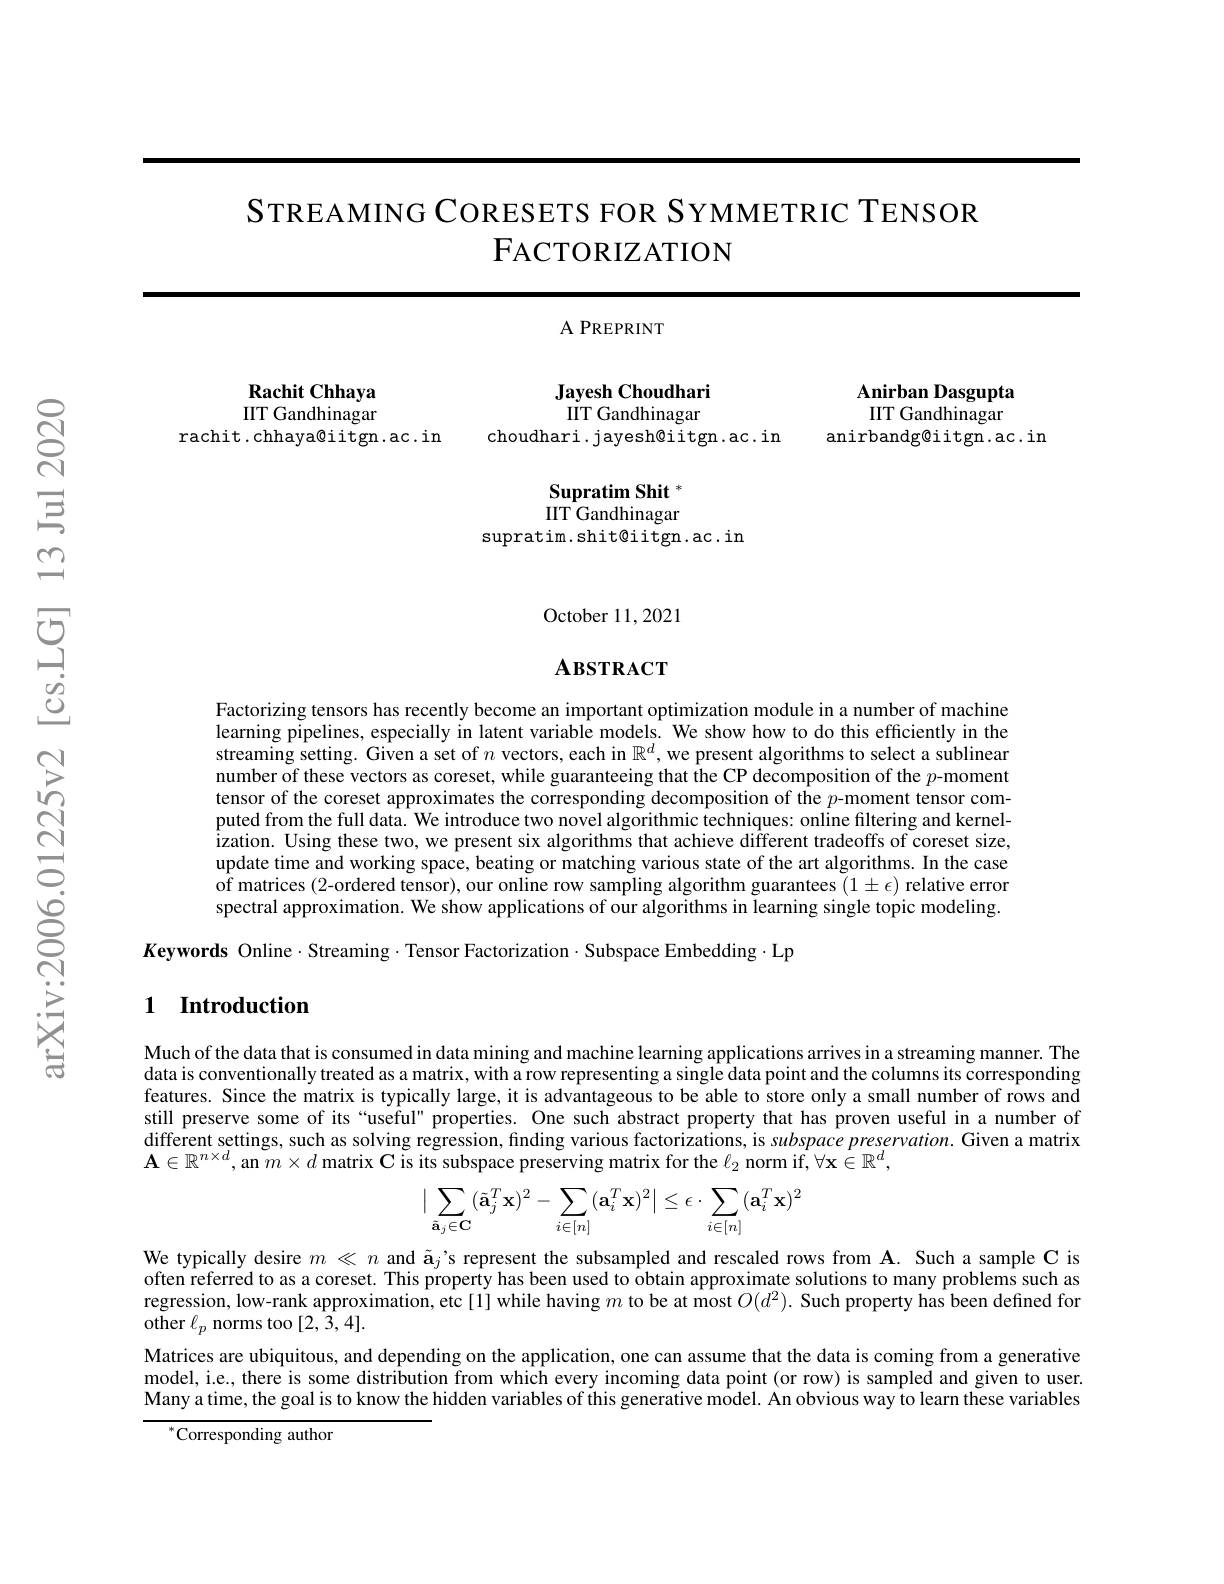
STREAMING CORESETS FOR SYMMETRIC TENSOR
$\mathsf{F}$АСТОRIZАТION

<table>
	<tbody>
		<tr>
			<th> </th>
			<th>A PREPRINT</th>
			<th> </th>
		</tr>
		<tr>
			<td>$\mathbf{p}_{2c\mathbf{hit}}C\mathbf{hh}$</td>
			<td> </td>
			<td>$\Delta_{\mathrm{nirhan}}$ $\Pi_{\mathrm{asour}}$ 14.</td>
		</tr>
		<tr>
			<td>IIT Gandhinagar</td>
			<td>IITGandhina $m_{i}^{r}$ $a\boldsymbol{o}_{a\boldsymbol{r}}$</td>
			<td>$\Pi TGand$ 21</td>
		</tr>
		<tr>
			<td>rachit.chhaya@iitgn.ac.in</td>
			<td>choudhari.jayesh@iitgn.ac.in</td>
			<td>anirbandg@ iitgn. ac. in</td>
		</tr>
		<tr>
			<td> </td>
			<td>Supratim Shit</td>
			<td> </td>
		</tr>
		<tr>
			<td> </td>
			<td>IIT Gandhinagar</td>
			<td> </td>
		</tr>
		<tr>
			<td> </td>
			<td>supratim.shit@iitgn.ac.in</td>
			<td> </td>
		</tr>
	</tbody>
</table>

October 11,2021

## $\mathbf{A}$взткаст

Factorizing tensors has recently become an important optimization module in a number of machine learning pipelines, especially in latent variable models. We show how to do this efficiently in the streaming setting. Given a set of $n$ vectors, each in $\mathbb{R}^d$, we present algorithms to select a sublinear number of these vectors as coreset, while guaranteeing that the CP decomposition of the $p$-moment tensor of the coreset approximates the corresponding decomposition of the $p$-moment tensor computed from the full data. We introduce two novel algorithmic techniques: online filtering and kernelization. Using these two, we present six algorithms that achieve different tradeoffs of coreset size, update time and working space, beating or matching various state of the art algorithms. In the case of matrices (2-ordered tensor), our online row sampling algorithm guarantees $(1\pm\epsilon)$ relative error spectral approximation. We show applications of our algorithms in learning single topic modeling.

$K$eywords Online$\cdot$Streaming$\cdot$Tensor Factorization$\cdot$Subspace Embedding$\cdot$Lp

### 1 Introduction

Much of the data that is consumed in data mining and machine learning applications arrives in a streaming manner. The data is conventionally treated as a matrix, with a row representing a single data point and the columns its corresponding features. Since the matrix is typically large, it is advantageous to be able to store only a small number of rows and still preserve some of its “useful" properties. One such abstract property that has proven useful in a number of $\hat{\text{different settings, such as solving regression, finding various factorizations, is }subspace}preservation.$ Given a matrix $\mathbf{A}\in\mathbb{R}^{n\times d}$,an $m\times d$ matrix C is its subspace preserving matrix for the $\ell_2$ norm if$,\forall\mathbf{x}\in\mathbb{R}^d$,
$$\big|\sum_{\tilde{\mathbf{a}}_j\in\mathbf{C}}(\tilde{\mathbf{a}}_j^T\mathbf{x})^2-\sum_{i\in[n]}(\mathbf{a}_i^T\mathbf{x})^2\big|\leq\epsilon\cdot\sum_{i\in[n]}(\mathbf{a}_i^T\mathbf{x})^2$$
We typically desire $m\ll n$ and ã$_j$'s represent the subsampled and rescaled rows from A. Such a sample C is often referred to as a coreset. This property has been used to obtain approximate solutions to many problems such as regression, low-rank approximation, etc[1] while having $m$ to be at most $O(d^2).$ Such property has been defined for other $\ell _{p}$ norms too[2,3,4].
Matrices are ubiquitous, and depending on the application, one can assume that the data is coming from a generative model, i.e., there is some distribution from which every incoming data point (or row) is sampled and given to user. Many a time, the goal is to know the hidden variables of this generative model. An obvious way to learn these variables

$^{*}$Corresponding author